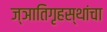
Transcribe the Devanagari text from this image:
ज्ञातिगृहस्थांचा